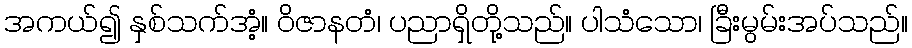
အကယ်၍ နှစ်သက်အံ့။ ဝိဇာနတံ၊ ပညာရှိတို့သည်။ ပါသံသော၊ ခြီးမွမ်းအပ်သည်။